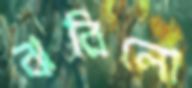
ঝরিলো